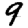
Digit: 9